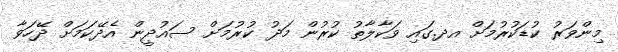
މިންވަރު ކުޑަކުރުމަށް އދ.ގައި ވަކާލާތު ކުރުން މަދު ކުރުމަށް ސައުދީން އެދޭކަމަށް ދޭހަވާ